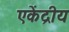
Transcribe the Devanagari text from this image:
एकेंद्रीय